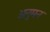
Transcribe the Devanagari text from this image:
अनुमन